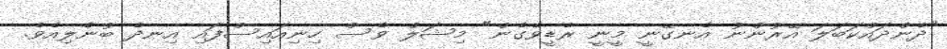
"ދެންދައްކަބަލަ އޭރުންނު އެނގޭނީ މީނީ ރެޑީވެގެން" މިޝަލް ވެސް ހިނިއައިސްފައި އިނދެ ބުނެލިއެވެ.